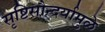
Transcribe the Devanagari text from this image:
सृष्टिसौन्दर्यामुळे